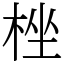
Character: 㭫